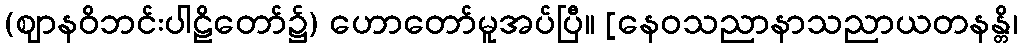
(ဈာနဝိဘင်းပါဠိတော်၌) ဟောတော်မူအပ်ပြီ။ [နေဝသညာနာသညာယတနန္တိ၊